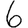
Digit: 6